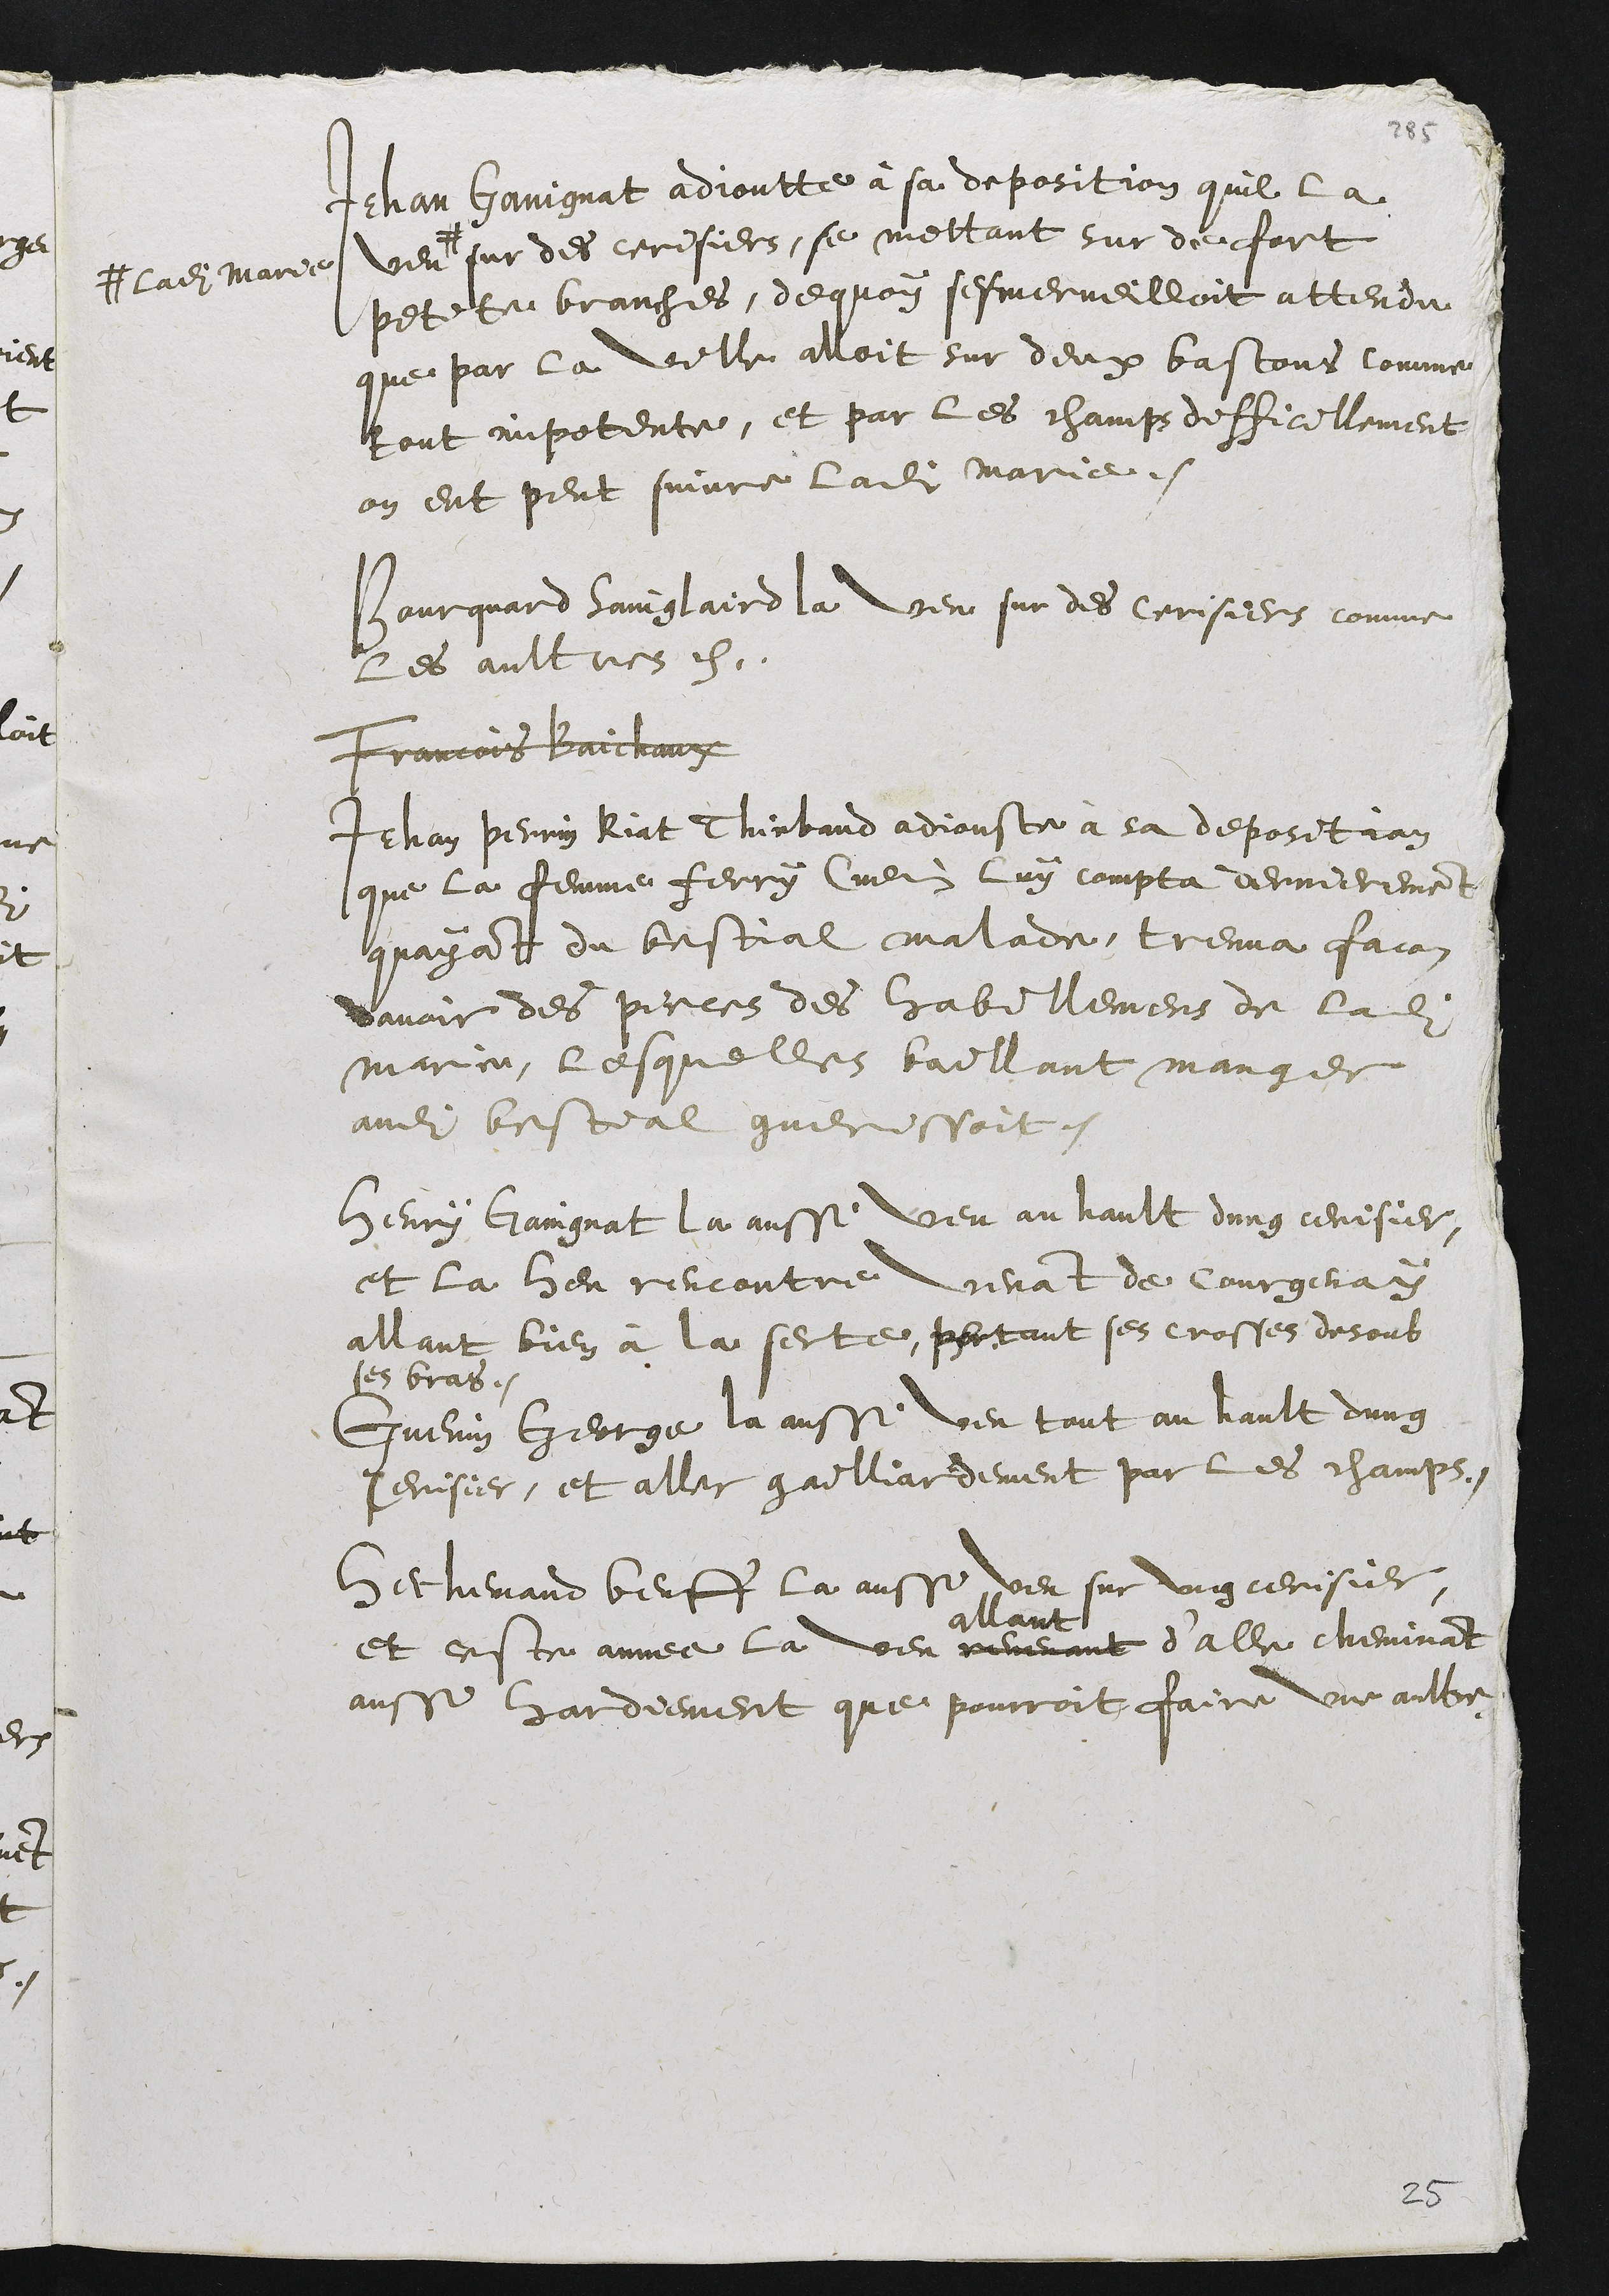
Jehan Gaingnat adioutte à sa deposition quil la
veuf#
# ladite marie
sur des cerisiers, se mettant sur de fort
petite branches, dequoy sesmerveilloit attendu
que par la ville alloit sur deux bastons comme
tout impotente, et par les champs difficilement
on eut peut suivre ladite Marie.
Bourquard Sainglaird la veu sur des cerisiers comme
les autres etc.
Francois Baichaux
Jehan perrin Riat Thiebaud adiouste à sa deposition
que la femme ferry Cuenin luy compta dernierement
quaya[n]t du bestial malade, treuva facon
davoir des pieces des habillemens de ladite
marie, lesquelles baillant manger
audit bestial guerissoit.
Henry Gaingnat la aussi veu an hault dung cerisier,
et la heu rencontre venant de Courgenay
allant bien à la feste, portant ses crosses desoub
ses bras.
Guenin George la aussi veu tout au hault dung
cerisier, et aller gailliardement par les champs.
Hechemand Beuff la aussi veu sur ung cerisier,
Et ceste annee la veu revenant
allant
d'aller cheminant
aussi hardiement que pourroit faire une aultre.